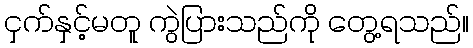
ငှက်နှင့်မတူ ကွဲပြားသည်ကို တွေ့ရသည်။